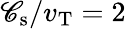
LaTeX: \mathscr{C}_{\mathrm{{s}}}/v_{\mathrm{{T}}}=2